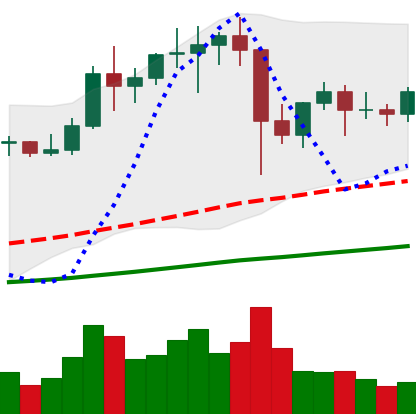
Ticker: LTC-USD
Chart end date: 2021-01-18
Forward return: -9.46%
Label: down_7plus